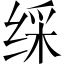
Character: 䌽